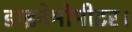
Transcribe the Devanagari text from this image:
डाइनेमोमीटर।